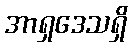
အာရှဒေသရှိ